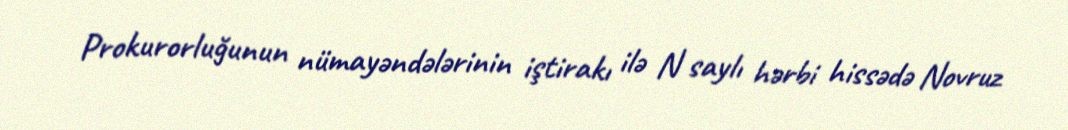
Prokurorluğunun nümayəndələrinin iştirakı ilə N saylı hərbi hissədə Novruz